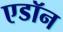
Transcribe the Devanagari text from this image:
एडॉन